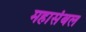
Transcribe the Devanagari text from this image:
महासंबल